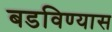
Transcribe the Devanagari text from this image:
बडविण्यास